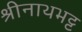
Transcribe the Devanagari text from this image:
श्रीनाथभट्ट